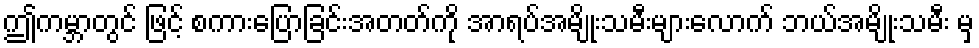
ဤကမ္ဘာတွင် ဖြင့် စကားပြောခြင်းအတတ်ကို အာရပ်အမျိုးသမီးများလောက် ဘယ်အမျိုးသမီး မှ